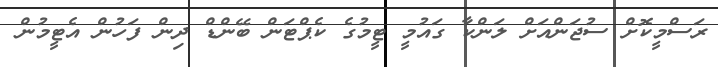
ރަސްމީކޮށް ސުޖަންއަށް ލަންކާ ގައުމީ ޓީމުގެ ކެޕްޓަން ބޭންޑް ދިން ފަހުން އެޓީމުން